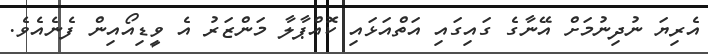
އެރިޔަ ނުދިނުމަށް އޭނާގެ ގައިގައި އަތްއަޅައި ކޮއްޕާލާ މަންޒަރު އެ ވީޑިއޯއިން ފެނެއެވެ.